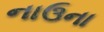
નાઉના